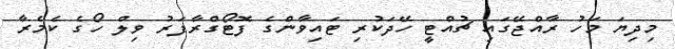
މިދިޔަ މަހު ރާއްޖޭގައި ޗުއްޓީ ހޭދަކުރި ޓައިވާންގެ ފޮޓޯގްރާފަރު ވިލް ހޯގެ ކެމެރާ